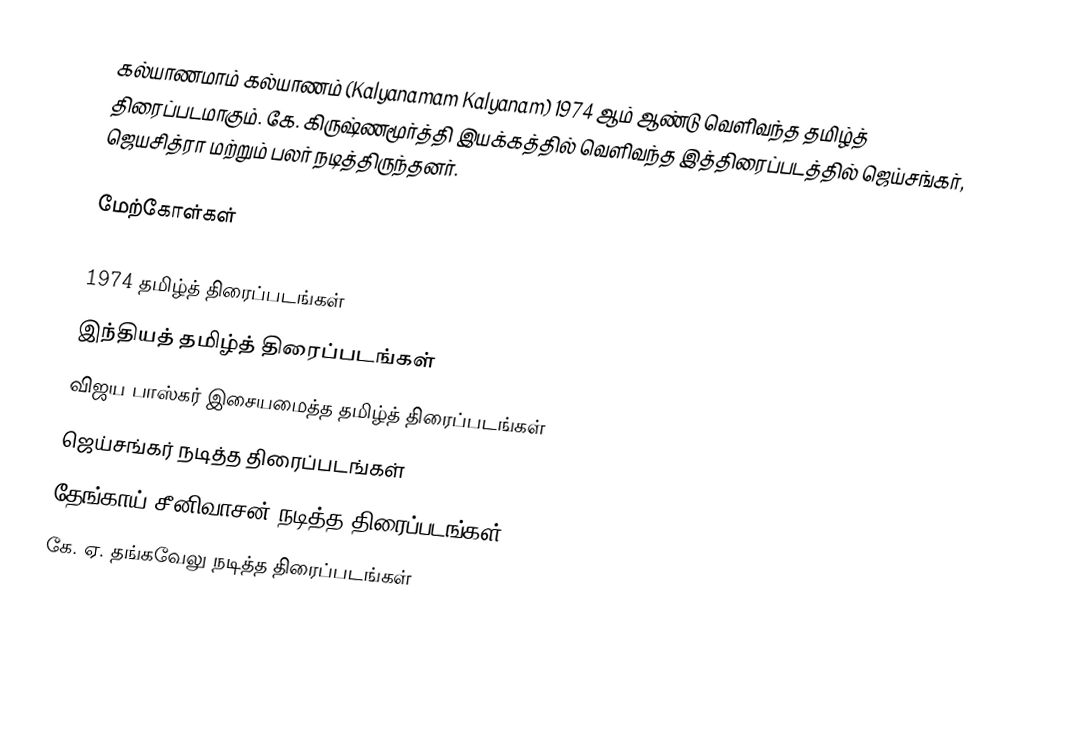
கல்யாணமாம் கல்யாணம் (Kalyanamam Kalyanam) 1974 ஆம் ஆண்டு வெளிவந்த தமிழ்த் திரைப்படமாகும். கே. கிருஷ்ணமூர்த்தி இயக்கத்தில் வெளிவந்த இத்திரைப்படத்தில் ஜெய்சங்கர், ஜெயசித்ரா மற்றும் பலர் நடித்திருந்தனர்.

மேற்கோள்கள்

1974 தமிழ்த் திரைப்படங்கள்
இந்தியத் தமிழ்த் திரைப்படங்கள்
விஜய பாஸ்கர் இசையமைத்த தமிழ்த் திரைப்படங்கள்
ஜெய்சங்கர் நடித்த திரைப்படங்கள்
தேங்காய் சீனிவாசன் நடித்த திரைப்படங்கள்
கே. ஏ. தங்கவேலு நடித்த திரைப்படங்கள்